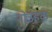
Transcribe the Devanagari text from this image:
नोउहक